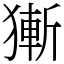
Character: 獑